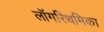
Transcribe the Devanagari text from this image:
लॉगरिथमिका